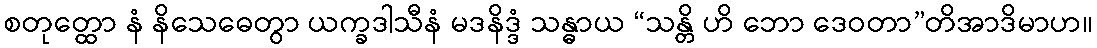
စတုတ္ထော နံ နိသေဓေတွာ ယက္ခဒါသီနံ မဒနိဒ္ဒံ သန္ဓာယ “သန္တိ ဟိ ဘော ဒေဝတာ”တိအာဒိမာဟ။